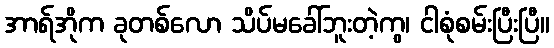
အာရ်အိုက ခုတစ်လော သိပ်မခေါ်ဘူးတဲ့ကွ၊ ငါစုံစမ်းပြီးပြီ။